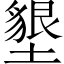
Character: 墾